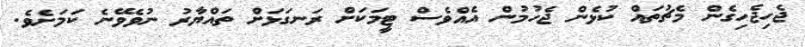
ޖެހިޖެހިގެން މެޗުތައް ކުޅެން ޖެހުމުން އެއްވެސް ޓީމަަކަށް ރަނގަޅަށް ތައްޔާރު ނުވެވޭނެ ކަމަށެވެ.